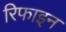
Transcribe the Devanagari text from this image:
रिफाइन